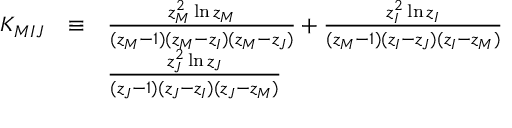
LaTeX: \begin{array} { c c l } { { \cal K \mit _ { M I J } } } & { { \equiv } } & { { \frac { z _ { M } ^ { 2 } \ln z _ { M } } { ( z _ { M } - 1 ) ( z _ { M } - z _ { I } ) ( z _ { M } - z _ { J } ) } + \frac { z _ { I } ^ { 2 } \ln z _ { I } } { ( z _ { M } - 1 ) ( z _ { I } - z _ { J } ) ( z _ { I } - z _ { M } ) } } } \\ { { } } & { { } } & { { \frac { z _ { J } ^ { 2 } \ln z _ { J } } { ( z _ { J } - 1 ) ( z _ { J } - z _ { I } ) ( z _ { J } - z _ { M } ) } } } \end{array}